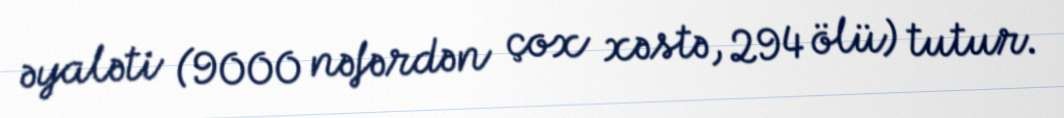
əyaləti (9000 nəfərdən çox xəstə, 294 ölü) tutur.